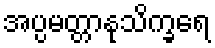
အပ္ပမတ္တာနုသိက္ခရေ